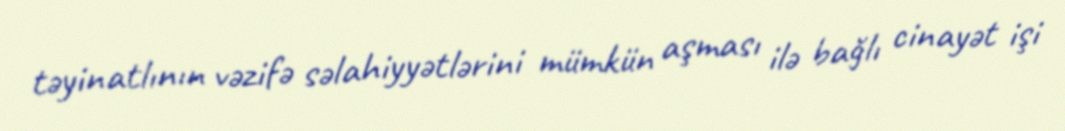
təyinatlının vəzifə səlahiyyətlərini mümkün aşması ilə bağlı cinayət işi